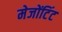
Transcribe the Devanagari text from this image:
मेजोंटिंट